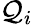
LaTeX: \mathcal{Q}_{i}